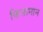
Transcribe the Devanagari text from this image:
किसानान